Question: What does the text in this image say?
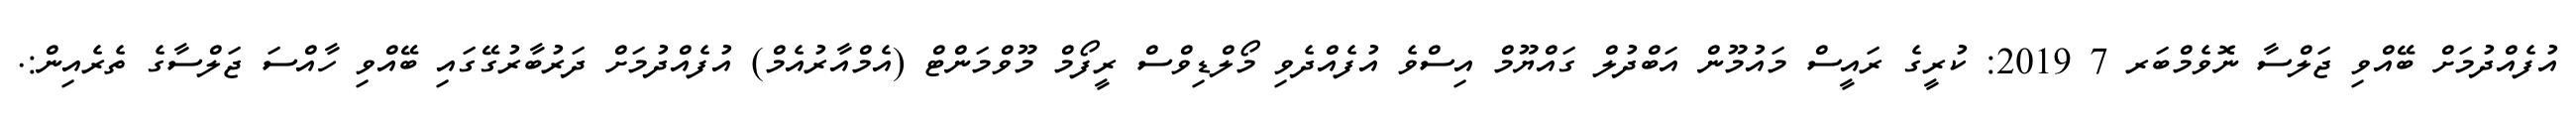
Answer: އުފެއްދުމަށް ބޭއްވި ޖަލްސާ ނޮވެމްބަރ 7 2019: ކުރީގެ ރައީސް މައުމޫން އަބްދުލް ގައްޔޫމް އިސްވެ އުފެއްދެވި މޯލްޑިވްސް ރީފޯމް މޫވްމަންޓް (އެމްއާރުއެމް) އުފެއްދުމަށް ދަރުބާރުގޭގައި ބޭއްވި ހާއްސަ ޖަލްސާގެ ތެރެއިން:.